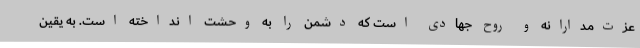
عزت‌مدارانه و روح جهادی است که دشمن را به وحشت انداخته است. به یقین